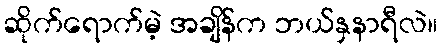
ဆိုက်ရောက်မဲ့ အချိန်က ဘယ်နှနာရီလဲ။